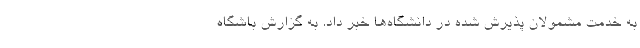
به خدمت مشمولان پذیرش شده در دانشگاه‌ها خبر داد. به گزارش باشگاه